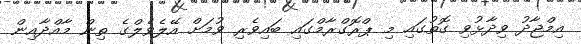
އިމްޖާދު ވިދާޅުވި ގޮތުގައި މި ޕްރޮގްރާމްގައި ބައިވެރި ވުމަށް އޭލެވެލްގެ ތިން މާއްދާއިން